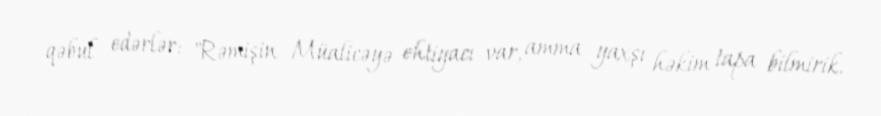
qəbul edərlər: "Rəmişin Müalicəyə ehtiyacı var, amma yaxşı həkim tapa bilmirik.